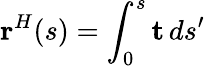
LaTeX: \mathbf{r}^{H}(s)=\int_{0}^{s}\mathbf{t}\, ds^{\prime}